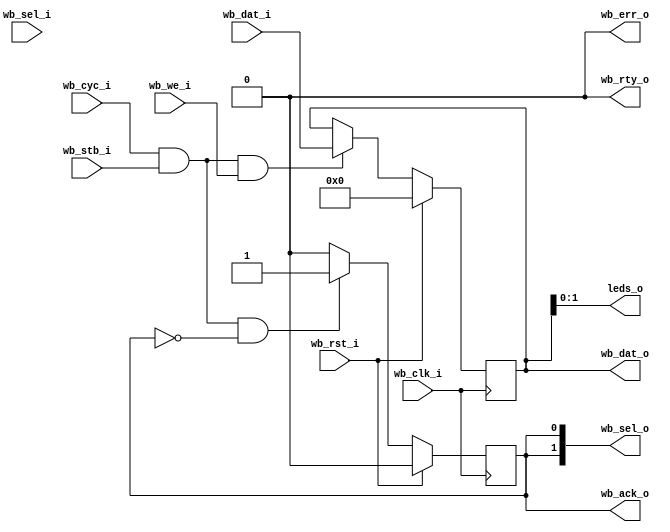
/***************************************************************************
 *                                                                         *
 *   wb_leds.v - Wishbone bus connected LEDs.                              *
 *                                                                         *
 *   Copyright (C) 2008 by Patrick Suggate                                 *
 *   patrick@physics.otago.ac.nz                                           *
 *                                                                         *
 *   This program is free software; you can redistribute it and/or modify  *
 *   it under the terms of the GNU General Public License as published by  *
 *   the Free Software Foundation; either version 2 of the License, or     *
 *   (at your option) any later version.                                   *
 *                                                                         *
 *   This program is distributed in the hope that it will be useful,       *
 *   but WITHOUT ANY WARRANTY; without even the implied warranty of        *
 *   MERCHANTABILITY or FITNESS FOR A PARTICULAR PURPOSE.  See the         *
 *   GNU General Public License for more details.                          *
 *                                                                         *
 *   You should have received a copy of the GNU General Public License     *
 *   along with this program; if not, write to the                         *
 *   Free Software Foundation, Inc.,                                       *
 *   59 Temple Place - Suite 330, Boston, MA  02111-1307, USA.             *
 ***************************************************************************/

// `define __use_random

`timescale 1ns/100ps
module wb_leds #(
	parameter	HIGHZ	= 0,
	parameter	WIDTH	= 16,
	parameter	LEDS	= 2,
	parameter	ENABLES	= WIDTH / 8,
	parameter	MSB	= WIDTH - 1,
	parameter	ESB	= ENABLES - 1,
	parameter	LSB	= LEDS - 1
) (
	input		wb_clk_i,
	input		wb_rst_i,
	
	input		wb_cyc_i,
	input		wb_stb_i,
	input		wb_we_i,
	output		wb_ack_o,
	output		wb_rty_o,
	output		wb_err_o,
	input	[ESB:0]	wb_sel_i,
	input	[MSB:0]	wb_dat_i,
	output	[ESB:0]	wb_sel_o,
	output	[MSB:0]	wb_dat_o,
	
	output	[LSB:0]	leds_o
);

reg	ack	= 0;
reg	[MSB:0]	dat	= 0;


assign	leds_o	= dat[LSB:0];

assign	#2 wb_ack_o	= HIGHZ ? (ack ? 1'b1 : 'bz) : ack ;
assign	#2 wb_rty_o	= HIGHZ ? (ack ? 0 : 'bz) : 0 ;
assign	#2 wb_err_o	= HIGHZ ? (ack ? 0 : 'bz) : 0 ;
assign	#2 wb_sel_o	= HIGHZ ? (ack ? {ENABLES{ack}} : 'bz) : {ENABLES{ack}} ;
assign	#2 wb_dat_o	= HIGHZ ? (ack ? dat : 'bz) : dat ;


always @(posedge wb_clk_i)
	if (wb_rst_i)
		ack	<= #2 0;
	else if (wb_cyc_i && wb_stb_i && !ack)
		ack	<= #2 1;
	else
		ack	<= #2 0;


// TODO: Byte-enables
always @(posedge wb_clk_i)
	if (wb_rst_i)	dat	<= #2 0;
	else if (wb_cyc_i && wb_stb_i && wb_we_i) begin
`ifdef __use_random
		dat	<= #2 $random;
`else
 		dat	<= #2 wb_dat_i;
`endif
	end


endmodule	// wb_leds